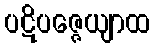
ပဋိပဇ္ဇေယျာထ